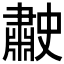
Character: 𦘤